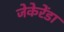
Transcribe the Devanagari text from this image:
जेकेरेंडा